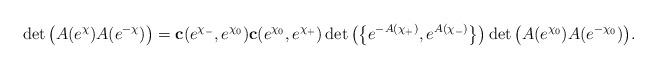
LaTeX: \begin{gather*}\det\big(A(e^{\chi})A(e^{-\chi})\big)=\mathbf c(e^{\chi_-},e^{\chi_0})\mathbf c(e^{\chi_0},e^{\chi_+})\det\big(\big\{e^{-A(\chi_+)},e^{A(\chi_-)}\big\}\big)\det\big(A(e^{\chi_0})A(e^{-\chi_0})\big).\end{gather*}